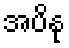
အပိနု